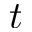
t